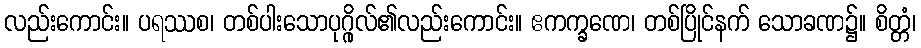
လည်းကောင်း။ ပရဿစ၊ တစ်ပါးသောပုဂ္ဂိုလ်၏လည်းကောင်း။ ဧကက္ခဏေ၊ တစ်ပြိုင်နက် သောခဏ၌။ စိတ္တံ၊